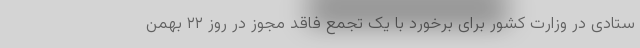
ستادی در وزارت کشور برای برخورد با یک تجمع فاقد مجوز در روز ۲۲ بهمن